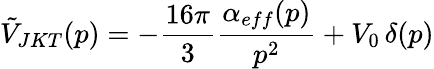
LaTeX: \tilde{V}_{JKT}(p)=-\frac{16\pi}{3}\frac{\alpha_{eff}(p)}{p^{2}}+V_{0}\, \delta(p)